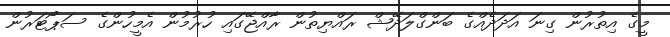
މީގެ އިތުރުން ގިނަ އަދަދެއްގެ ބަންގްލަދޭޝް ރައްޔިތުން ރާއްޖޭގައި ހުރުމުން އެމީހުންގެ ސަޕޯޓަރުން